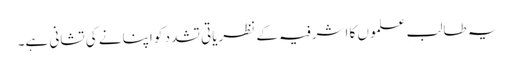
یہ طالبِ علموں کا اشرفیہ کے نظریاتی تشدد کو اپنانے کی تشانی ہے۔